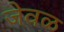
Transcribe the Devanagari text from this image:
जेवळ